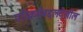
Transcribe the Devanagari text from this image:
परिक्रमेबद्दलदेखील